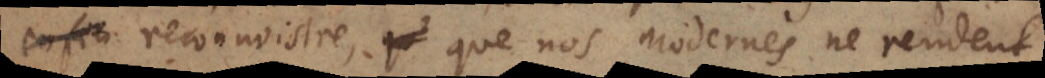
reconnoistre, que nos modernes ne rendent